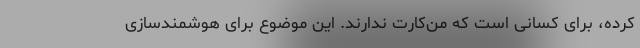
کرده، برای کسانی است که من‌کارت ندارند. این موضوع برای هوشمندسازی